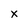
Character: x